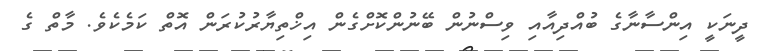
ދީނަކީ އިންސާނާގެ ބުއްދިއާއި ވިސްނުން ބޭނުންކޮށްގެން އިޚްތިޔާރުކުރަން އޮތް ކަމެކެވެ. މާތް ގެ